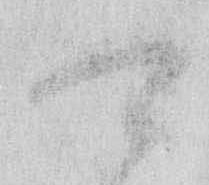
可